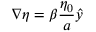
\boldsymbol { \nabla } \eta = \beta \frac { \eta _ { 0 } } { a } \boldsymbol { \hat { y } }